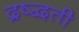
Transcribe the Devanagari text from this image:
द्रष्द्वती